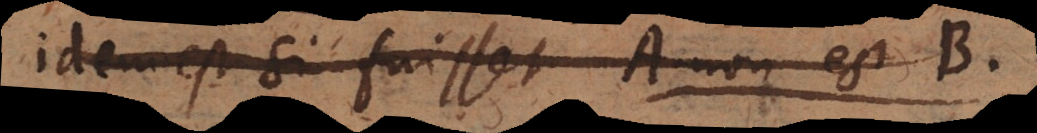
idem est si fuisset A non est B